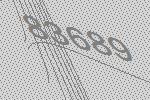
83689